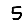
Digit: 5